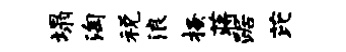
塌淘税浪搔蒋踞芘